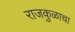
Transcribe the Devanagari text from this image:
राजकुळाचा